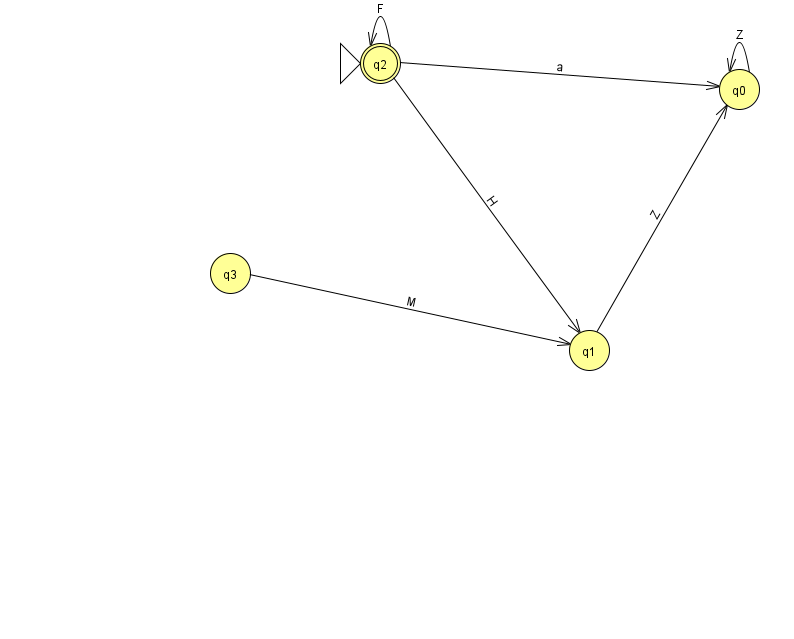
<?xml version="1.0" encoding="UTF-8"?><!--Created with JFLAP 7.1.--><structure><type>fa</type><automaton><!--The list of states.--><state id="0" name="q0"><x>739.0</x><y>76.0</y></state><state id="1" name="q1"><x>589.0</x><y>337.0</y></state><state id="2" name="q2"><x>380.0</x><y>50.0</y><initial/><final/></state><state id="3" name="q3"><x>230.0</x><y>260.0</y></state><!--The list of transitions.--><transition><from>1</from><to>0</to><read>Z</read></transition><transition><from>2</from><to>2</to><read>F</read></transition><transition><from>3</from><to>1</to><read>M</read></transition><transition><from>0</from><to>0</to><read>Z</read></transition><transition><from>2</from><to>0</to><read>a</read></transition><transition><from>2</from><to>1</to><read>H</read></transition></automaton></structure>